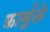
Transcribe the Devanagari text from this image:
फ़ार्मुले